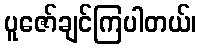
ပူဇော်ချင်ကြပါတယ်၊